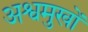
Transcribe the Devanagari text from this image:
अश्वमुखों